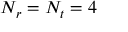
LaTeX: N _ { r } = N _ { t } = 4